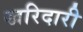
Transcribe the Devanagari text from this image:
खरिदारी